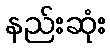
နည်းဆုံး